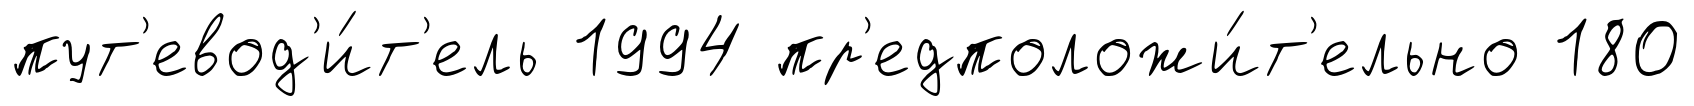
пут'евод'и́т'ель 1994 пр'едположи́т'ельно 180